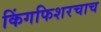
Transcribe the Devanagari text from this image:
किंगफिशरचाच